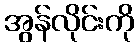
အွန်လိုင်းကို